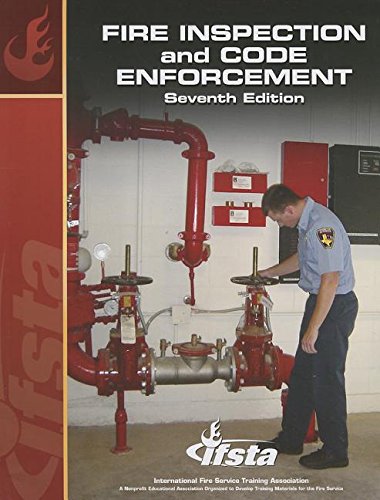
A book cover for Fire Inspection and Code Enforcement; Lynne Murnane; Science & Math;